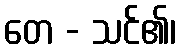
တေ - သင်၏၊